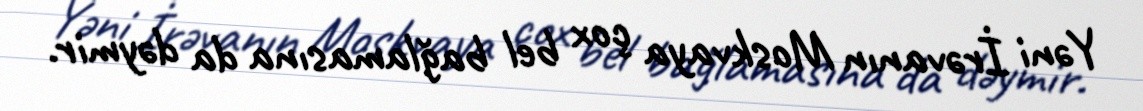
Yəni İrəvanın Moskvaya çox bel bağlamasına da dəymir.